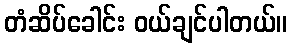
တံဆိပ်ခေါင်း ဝယ်ချင်ပါတယ်။